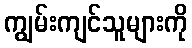
ကျွမ်းကျင်သူများကို